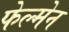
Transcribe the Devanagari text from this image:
फेल्मेन